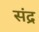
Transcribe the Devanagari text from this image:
संद्र